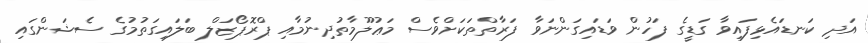
އަދި ކަނޑައެޅިފައިވާ ގަޑީގެ ފަހުން ވަޑައިގަންނަވާ ފަރާތްތަކަށްވެސް މަޢުލޫމާތުދިނުމާއި ޕްރޮޕޯޒަލް ބަލައިގަތުމުގެ ސެޝަންގައި